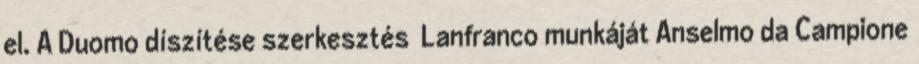
el. A Duomo díszítése szerkesztés Lanfranco munkáját Anselmo da Campione